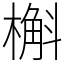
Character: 槲